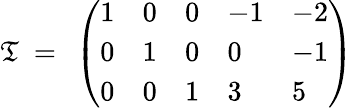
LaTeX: {\cal\mathfrak{T}}~=~\left(\begin{array}{lllll}{{1}}&{{0}}&{{0}}&{{-1}}&{{-2}}\\ {{0}}&{{1}}&{{0}}&{{0}}&{{-1}}\\ {{0}}&{{0}}&{{1}}&{{3}}&{{5}}\end{array}\right)